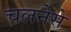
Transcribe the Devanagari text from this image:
चलनेसे